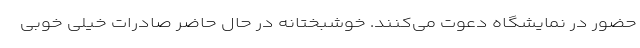
حضور در نمایشگاه دعوت می‌کنند. خوشبختانه در حال حاضر صادرات خیلی خوبی